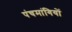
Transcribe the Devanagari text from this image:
पंचमांगियों